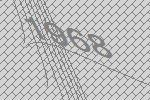
1968